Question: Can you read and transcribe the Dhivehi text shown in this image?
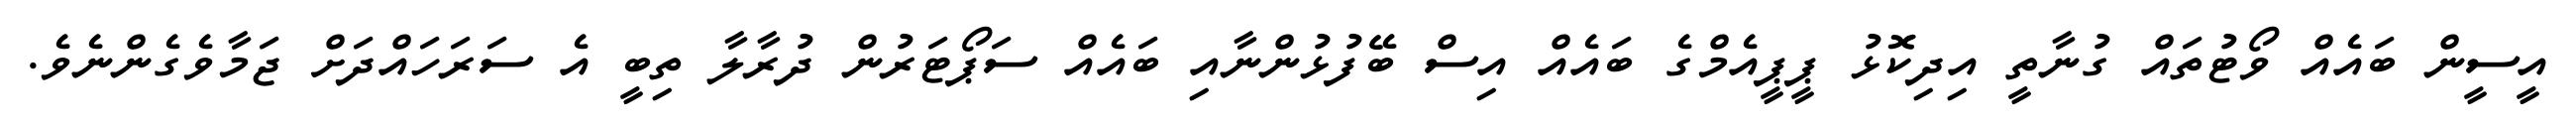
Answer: އީސީން ބައެއް ވޯޓުތައް ގުނާތީ އިދިކޮޅު ޕީޕީއެމްގެ ބައެއް އިސް ބޭފުޅުންނާއި ބައެއް ސަޕޯޓަރުން ދުރާލާ ތިބީ އެ ސަރަހައްދަށް ޖަމާވެގެންނެވެ.